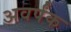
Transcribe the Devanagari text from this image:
अवर्पंक